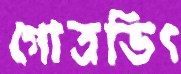
গোত্রভিৎ